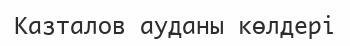
Казталов ауданы көлдері